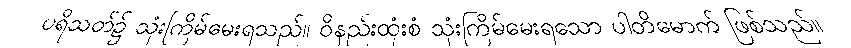
ပရိသတ်၌ သုံးကြိမ်မေးရသည်။ ဝိနည်းထုံးစံ သုံးကြိမ်မေးရသော ပါတိမောက် ဖြစ်သည်။